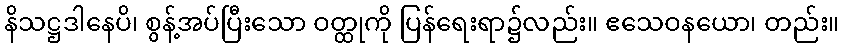
နိသဋ္ဌဒါနေပိ၊ စွန့်အပ်ပြီးသော ဝတ္ထုကို ပြန်ရေးရာ၌လည်း။ ဧသေဝနယော၊ တည်း။